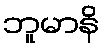
ဘူမာနိ